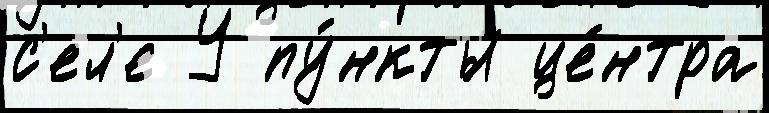
с'ел'е У пу́нкты це́нтра